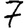
Digit: 7